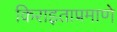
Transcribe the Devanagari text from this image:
किराइताप्रमाणे